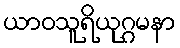
ယာဝသူရိယုဂ္ဂမနာ